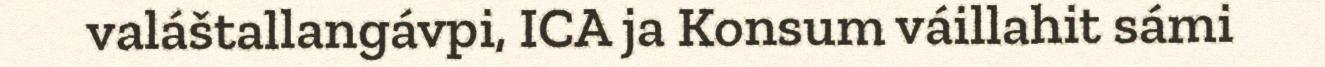
valáštallangávpi, ICA ja Konsum váillahit sámi